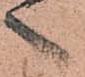
々